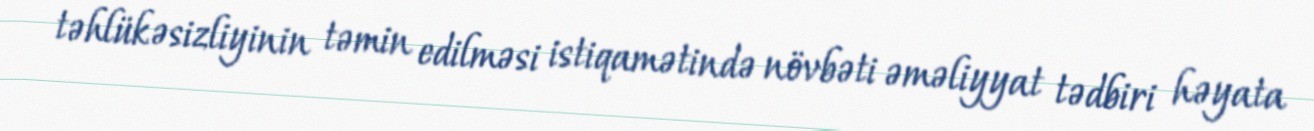
təhlükəsizliyinin təmin edilməsi istiqamətində növbəti əməliyyat tədbiri həyata